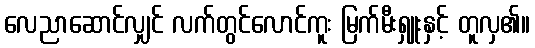
လေညာဆောင်လျှင် လက်တွင်လောင်ကူး မြက်မီးရှူးနှင့် တူလှ၏။